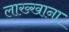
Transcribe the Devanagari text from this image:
लाख्खाना